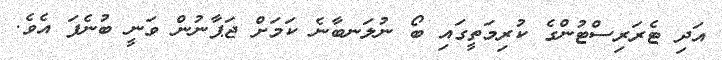
އަދި ޓެރަރިސްޓުންގެ ކުރިމަތީގައި ބޯ ނުލަނބާނެ ކަމަށް ޖަޕާނުން ވަނީ ބުނެފަ އެވެ.